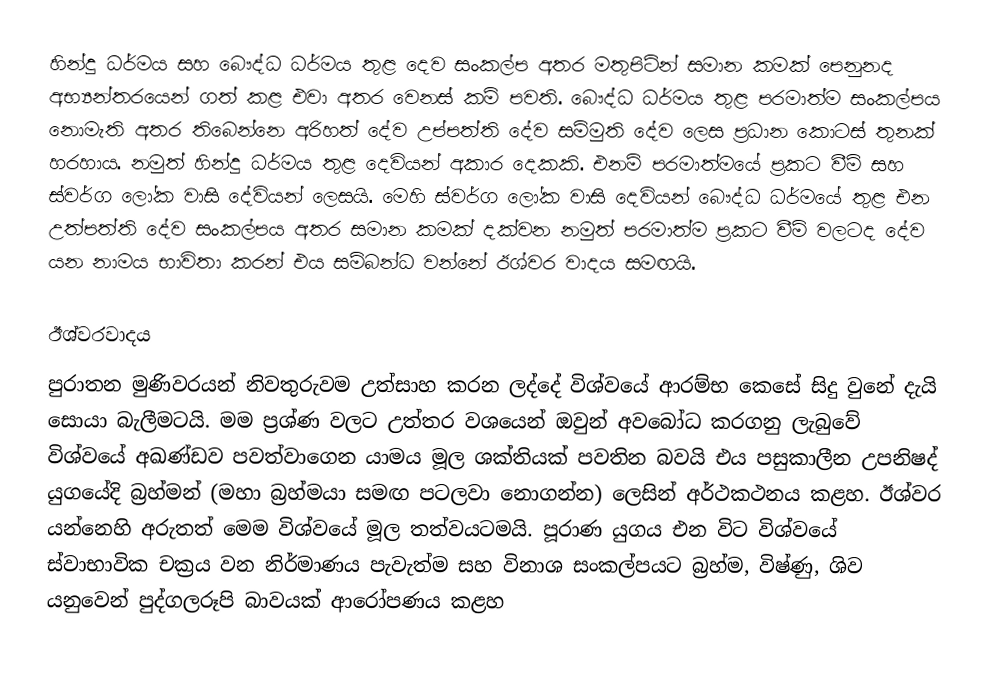
හින්දු ධර්මය සහ බෞද්ධ ධර්මය තුළ දෙව සංකල්ප අතර මතුපිටින් සමාන කමක් පෙනුනද අභ්‍යන්තරයෙන් ගත් කළ එවා අතර වෙනස් කම් පවති. බෞද්ධ ධර්මය තුළ පරමාත්ම සංකල්පය නොමැති අතර තිබෙන්නෙ අරිහත් දේව උප්පත්ති දේව සම්මුති දේව ලෙස ප්‍රධාන කොටස් තුනක් හරහාය. නමුත් හින්දු ධර්මය තුළ දෙවියන් අකාර දෙකකි. එනම් පරමාත්මයේ ප්‍රකට වීම් සහ ස්වර්ග ලෝක වාසි දේවියන් ලෙසයි. මෙහි ස්වර්ග ලෝක වාසි දෙවියන් බෞද්ධ ධර්මයේ තුළ එන උත්පත්ති දේව සංකල්පය අතර සමාන කමක් දක්වන නමුත් පරමාත්ම ප්‍රකට වීම් වලටද දේව යන නාමය භාවිතා කරන් එය සම්බන්ධ වන්නේ ඊශ්වර වාදය සමඟයි.

ඊශ්වරවාදය
පුරාතන මුණිවරයන් නිවතුරුවම උත්සාහ කරන ලද්දේ විශ්වයේ ආරම්භ කෙසේ සිදු වුනේ දැයි සොයා බැලීමටයි. මම ප්‍රශ්ණ වලට උත්තර වශයෙන් ඔවුන් අවබෝධ කරගනු ලැබුවේ විශ්වයේ අඛණ්ඩව පවත්වාගෙන යාමය මූල ශක්තියක් පවතින බවයි එය පසුකාලීන උපනිෂද් යුගයේදි බ්‍රහ්මන් (මහා බ්‍රහ්මයා සමඟ පටලවා නොගන්න) ලෙසින් අර්ථකථනය කළහ. ඊශ්වර යන්නෙහි අරුතත් මෙම විශ්වයේ මූල තත්වයටමයි. පූරාණ යුගය එන විට විශ්වයේ ස්වාභාවික චක්‍රය වන නිර්මාණය පැවැත්ම සහ විනාශ සංකල්පයට බ්‍රහ්ම, විෂ්ණු, ශිව යනුවෙන් පුද්ගලරූපි බාවයක් ආරෝපණය කළහ